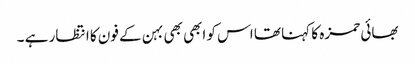
بھائی حمزہ کا کہنا تھا اس کو ابھی بھی بہن کے فون کا انتظار ہے ۔